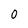
Character: O